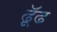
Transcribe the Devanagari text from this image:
ढूॅढ